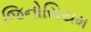
જિનોસિયમ